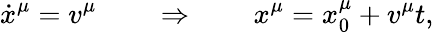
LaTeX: \dot{x}^{\mu}=v^{\mu}\qquad\Rightarrow\qquad x^{\mu}=x_{0}^{\mu}+v^{\mu}t,